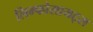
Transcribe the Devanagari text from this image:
लिम्फोसायट्स